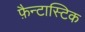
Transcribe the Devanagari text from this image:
फ़ैन्टास्टिक